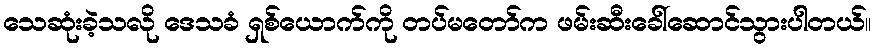
သေဆုံးခဲ့သလို ဒေသခံ ရှစ်ယောက်ကို တပ်မတော်က ဖမ်းဆီးခေါ်ဆောင်သွားပါတယ်။